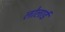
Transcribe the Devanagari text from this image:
लोलार्ड